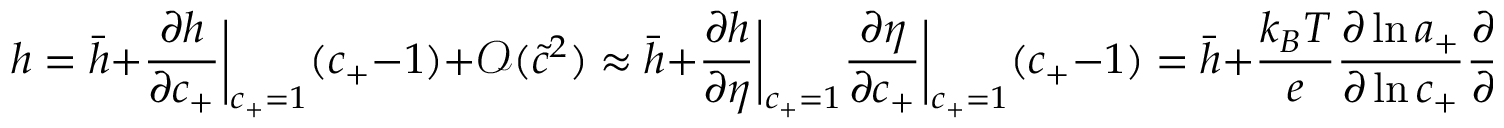
h = \bar { h } + \frac { \partial h } { \partial c _ { + } } \bigg | _ { c _ { + } = 1 } ( c _ { + } - 1 ) + \mathcal { O } ( \tilde { c } ^ { 2 } ) \approx \bar { h } + \frac { \partial h } { \partial \eta } \bigg | _ { c _ { + } = 1 } \frac { \partial \eta } { \partial c _ { + } } \bigg | _ { c _ { + } = 1 } ( c _ { + } - 1 ) = \bar { h } + \frac { k _ { B } T } { e } \frac { \partial \ln { a _ { + } } } { \partial \ln { c _ { + } } } \frac { \partial \bar { h } } { \partial \eta } ( 1 - c _ { + } ) .